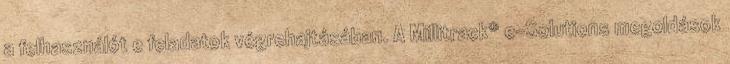
a felhasználót e feladatok végrehajtásában. A Millitrack® e-Solutions megoldások